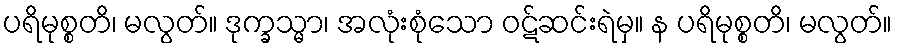
ပရိမုစ္စတိ၊ မလွတ်။ ဒုက္ခသ္မာ၊ အလုံးစုံသော ဝဋ်ဆင်းရဲမှ။ န ပရိမုစ္စတိ၊ မလွတ်။